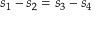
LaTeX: s _ { 1 } - s _ { 2 } = s _ { 3 } - s _ { 4 }